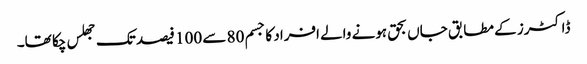
ڈاکٹرز کے مطابق جاں بحق ہونے والے افراد کا جسم 80 سے 100 فیصد تک جھلس چکا تھا۔